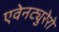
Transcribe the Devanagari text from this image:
एवेनट्युरेरो